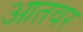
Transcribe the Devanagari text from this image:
आतवर